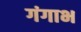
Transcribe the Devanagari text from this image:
गंगाभ